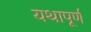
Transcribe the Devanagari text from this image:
यथापूर्ण